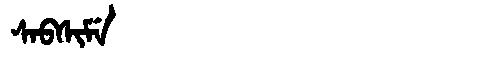
Manchu: ᠰᠠᠪᠰᡳᠮᡝ
Romanization: SABSIME